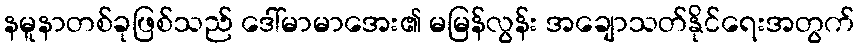
နမူနာတစ်ခုဖြစ်သည် ဒေါ်မာမာအေး၏ မမြန်လွန်း အချောသတ်နိုင်ရေးအတွက်